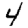
Digit: 4